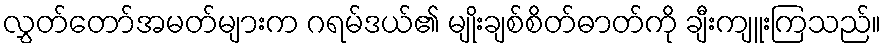
လွှတ်တော်အမတ်များက ဂရမ်ဒယ်၏ မျိုးချစ်စိတ်ဓာတ်ကို ချီးကျူးကြသည်။